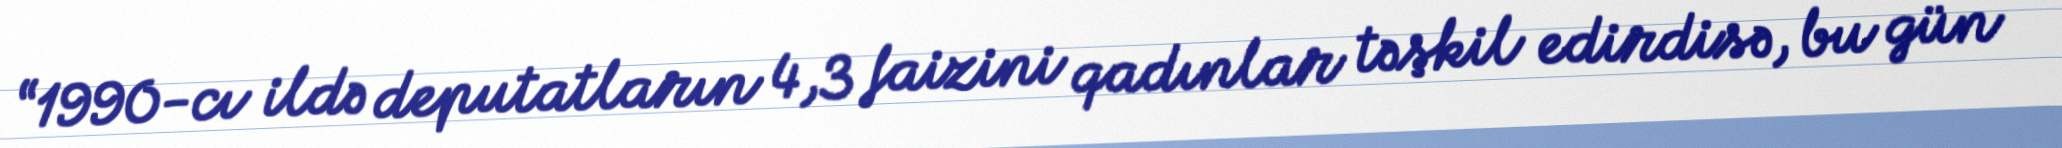
“1990-cı ildə deputatların 4,3 faizini qadınlar təşkil edirdisə, bu gün